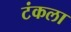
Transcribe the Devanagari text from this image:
टंकला